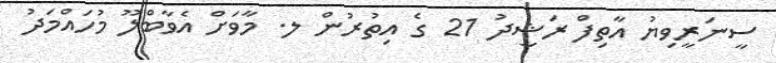
ސީނަރީވިޔު އާތިފް ރަޝީދު 21 ގެ އިތުރުން ލ. މާވަށް އެވާބްލޫ މުހައްމަދު